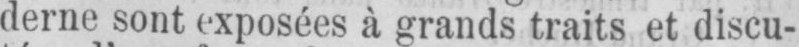
derne sont exposées à grands traits et discu-